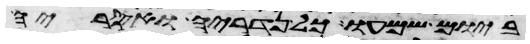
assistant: ביום שמעו כל נדריה ואסריה